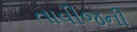
તાવીજની